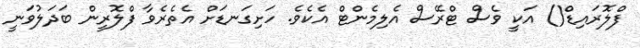
ފްލޮރައިޑް() އަކީ ވެސް ޓްރޭސް އެލިމެންޓް އެކެވެ. ހަށިގަނޑަށް އެތެރެވާ ފްލޮރީން ބަދަލުވަނީ